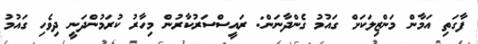
ފާގަތި އަމާން މަންޒިލަކަށް ގައުމު ގެންދާނަން: ރައީސްސަރުކާރުން މިހާރު ކުރަމުންދަނީ ދިވެހި ގައުމު